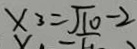
x _ { 3 } = \sqrt { 1 0 } - 2